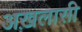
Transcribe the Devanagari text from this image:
अख़लासी